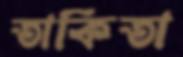
তাকিতা